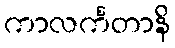
ကာလင်္ကတာနိ